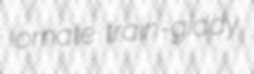
ornate train-giddy